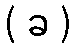
( ခ )